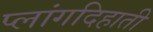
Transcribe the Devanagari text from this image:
प्लांगदिहाती